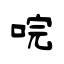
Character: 唍